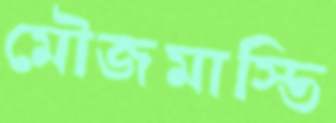
মৌজমাস্তি